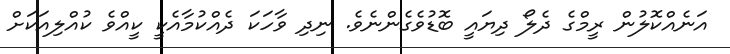
އަނެއްކޮލުން ރީމްގެ ދެލޯ ދިޔައީ ބޮޑުވެގެންނެވެ. ނިދި ވާހަކަ ދެއްކުމާއެކީ ކީއްވެ ކުއްލިއަކަށް